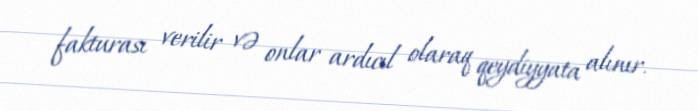
fakturası verilir və onlar ardıcıl olaraq qeydiyyata alınır.